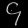
Digit: ၄